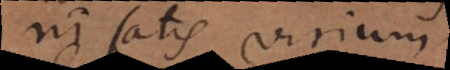
ni satis virium